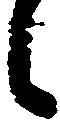
候